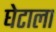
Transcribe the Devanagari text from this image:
घेटाला